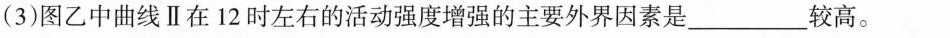
(3)图乙中曲线Ⅱ在12时左右的活动强度增强的主要外界因素是___较高。